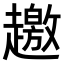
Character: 𧾐